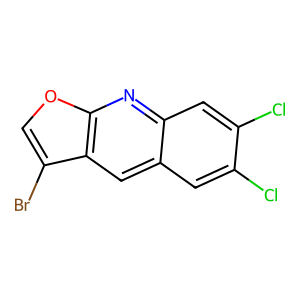
SMILES: Clc1cc2cc3c(Br)coc3nc2cc1Cl
Inhibits HIV replication: No